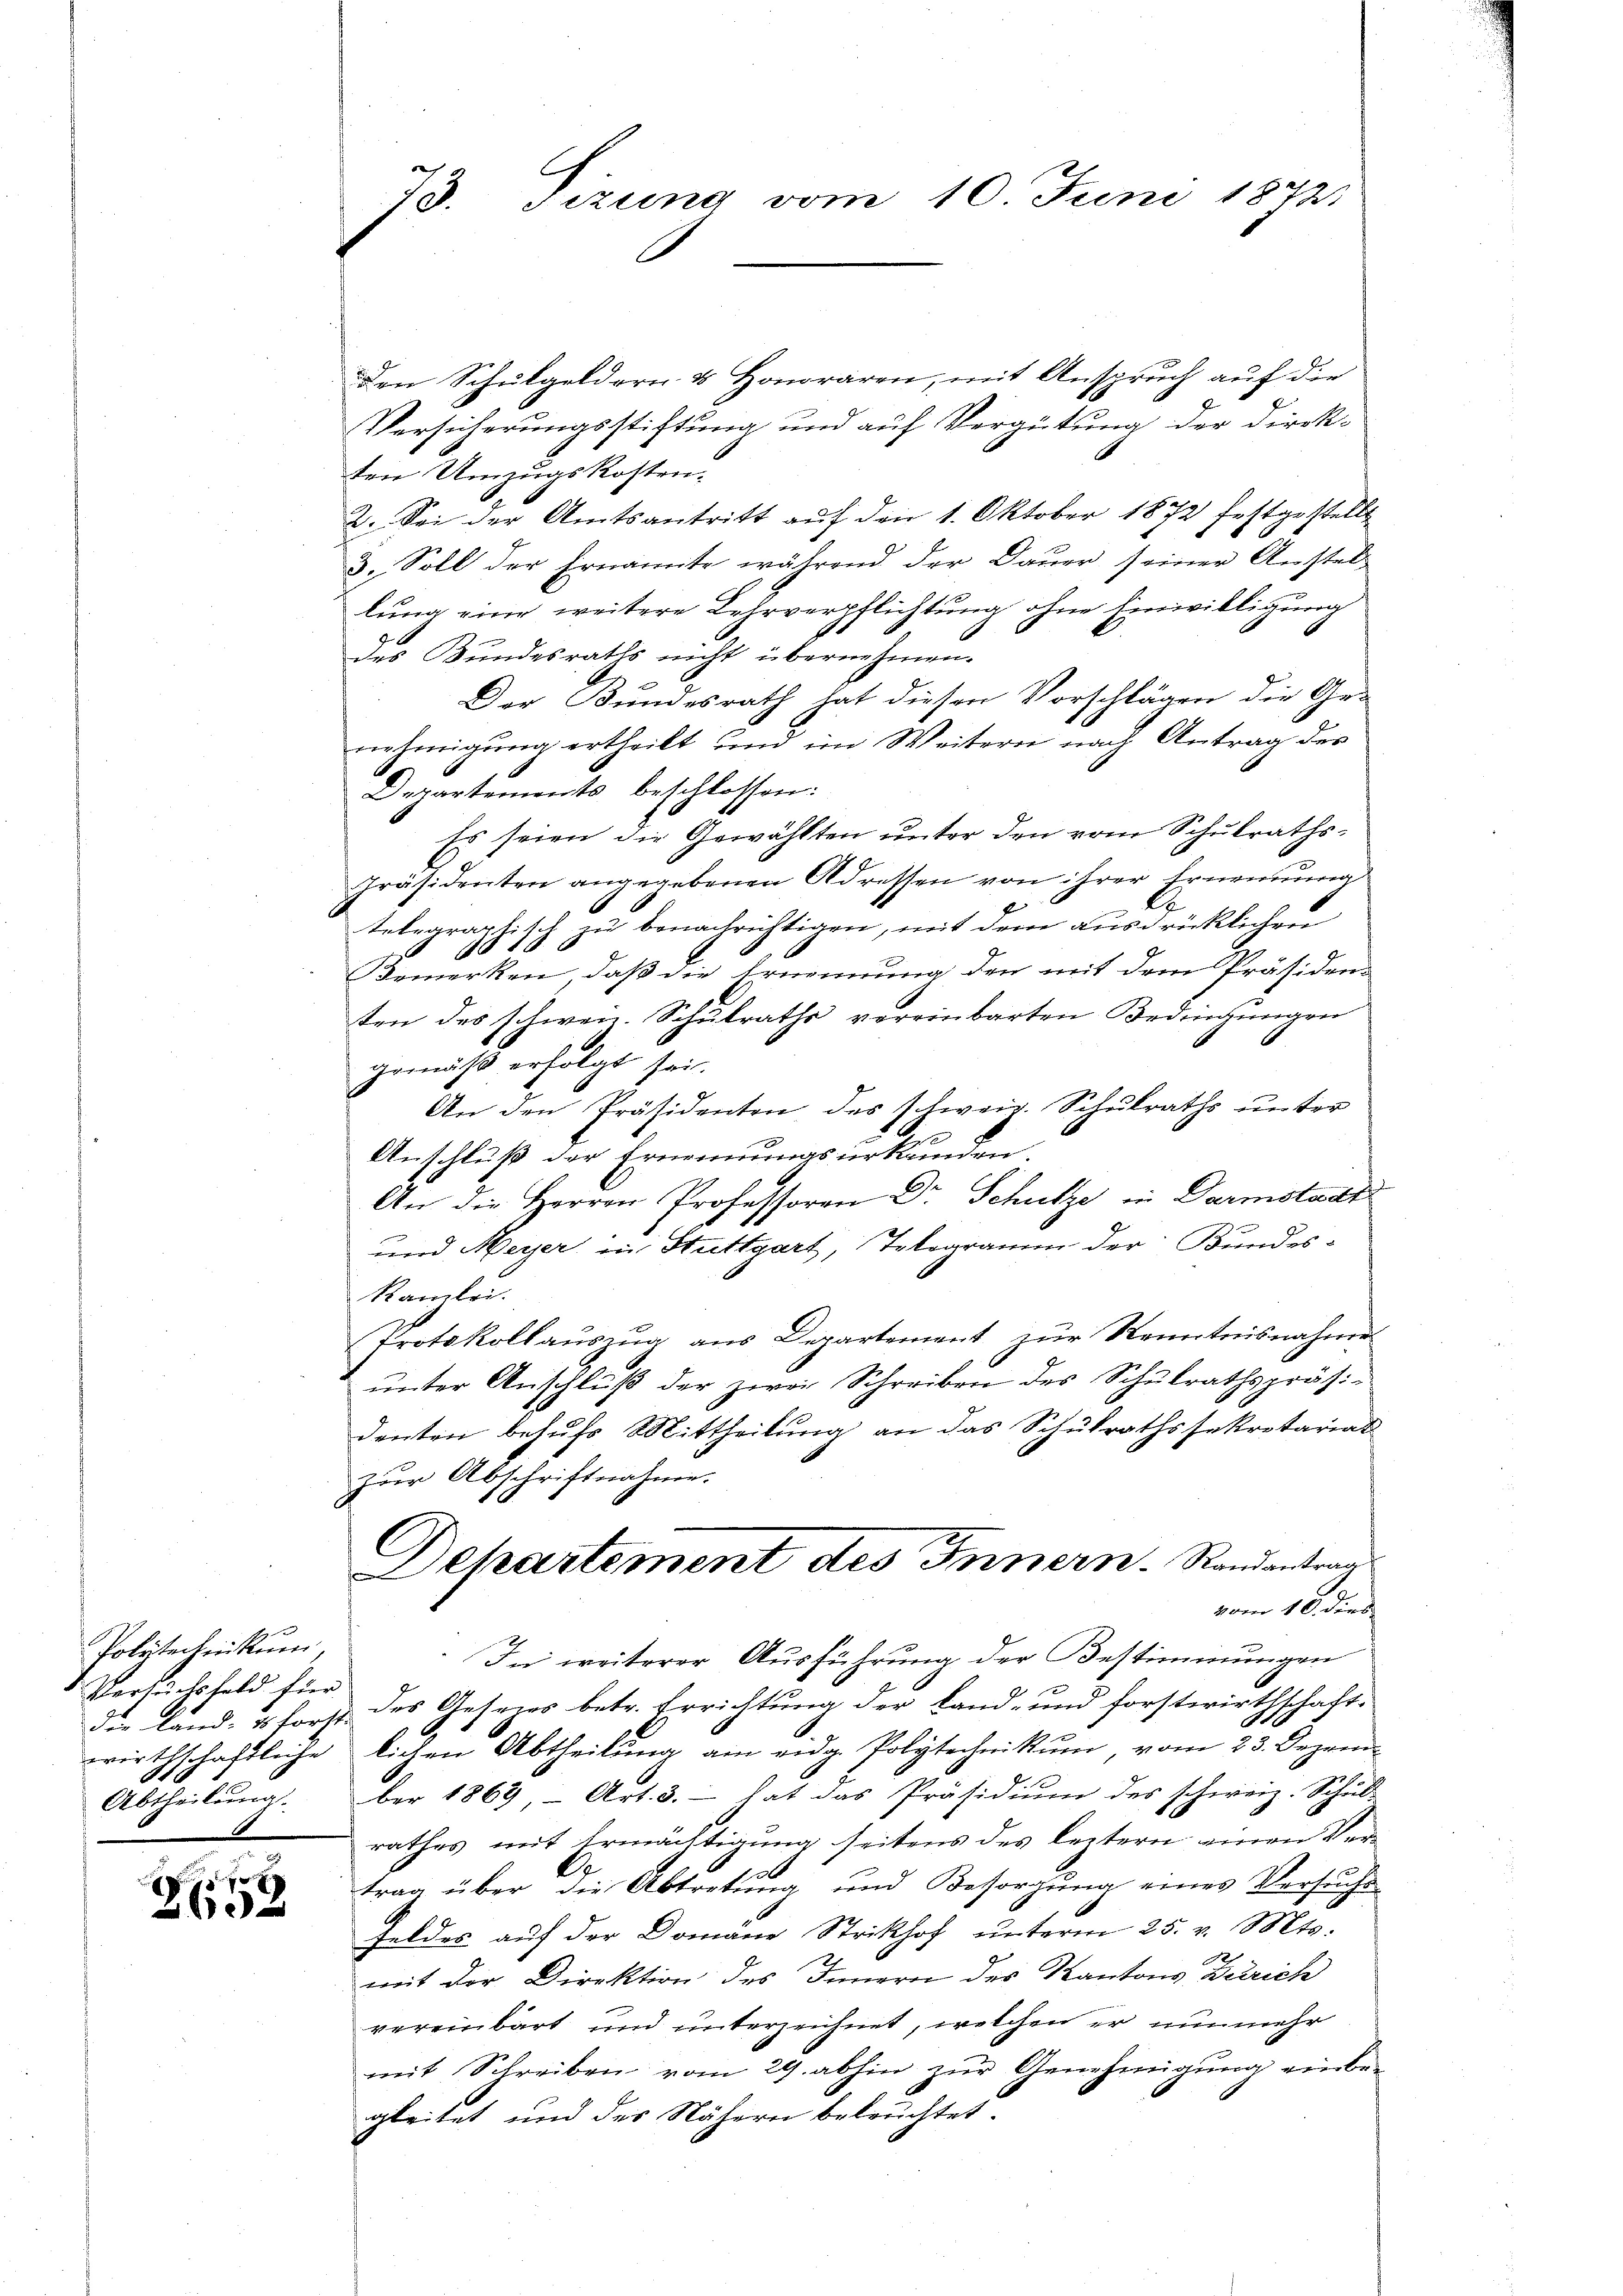
Polytechnikum,
Versuchsfeld für

e
2602

den Schŭlgeldern & Honoraren, mit Anspruch auf die
Versicherungsstiftung und auf Vergütung der Direk-
ten Umzugskosten.
2. Sei der Amtsantritt auf den 1. Oktober 1872 festgestellt
3. Soll der Ernannte während der Daŭer seiner Anstel-
lung eine weitere Lehrverpflichtung ohne Einwilligung
des Bundesraths nicht übernehmen.
Der Bundesrath hat diesen Vorschlägen die Ge-
nehmigung ertheilt und im Weitern nach Antrag des
Departemonts beschlossen:
Es seien die Gewählten unter den vom Schulraths-
Präsidenten angegebenen Adressen von ihrer Ernennung
.
telegraphisch zu benachrichtigen, mit dem ausdrücklichen
Bemerken, daß die Ernennung den mit dem Präsiden-
ten des schweil. Schulrathe vereinbarten Bedingungen
gemäß erfolgt sei.
An den Präsidenten des schweiz. Schulraths unter

Anschluß der Ernennungsurkunden.
An die Herren Professoren Dr Schutze in Darmstadt
und Meyer in Stuttgart, Telegramm der Bundes-
kamlei.
Protokollaŭszŭg aŭs Departement zŭr Renntnisnahme
ŭnter Anschlŭβ der zwei Schreiben des Schŭlrathspräsi
denten behufs Mittheilung an das Schulrathssekretarias
zur Abschriftnahme.
Departement des Innern. Randantrag
vom 10. dies
In weiterer Ausführung der Bestimmungen
die Land- u. forst des Gesezes betr. Errichtung der Land- und forstwirthschaft-
wirthschaftliche lichen Abtheilŭng am eidg. Polytechnikum, vom 23. Dezem-
Abtheilŭng.ber 1869 Art. 3. hat das Präsidiŭm des schweiz. Schŭl-
rathes mit Ermächtigung seitens des leztern einen Ver-
A
trag über die Abtretung und Besorgung eines Versuche
Feldes auf der Domäne Strikhof unterm 25. v. Mts.
.
mit der Direktion des Innern des Kantons Zürich
vereinbart und unterzeichnet, welchen er nunmehr
mit Schreiben vom 29. abhin zŭr Genehmigŭng einbe-
gleitet und des Nähern beleuchtet.

73. Tizung vom 10. Juni 18723